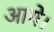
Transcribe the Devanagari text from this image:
आयेे।